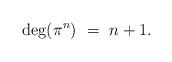
LaTeX: \begin{align*}\deg(\pi^n) \ = \ n + 1.\end{align*}